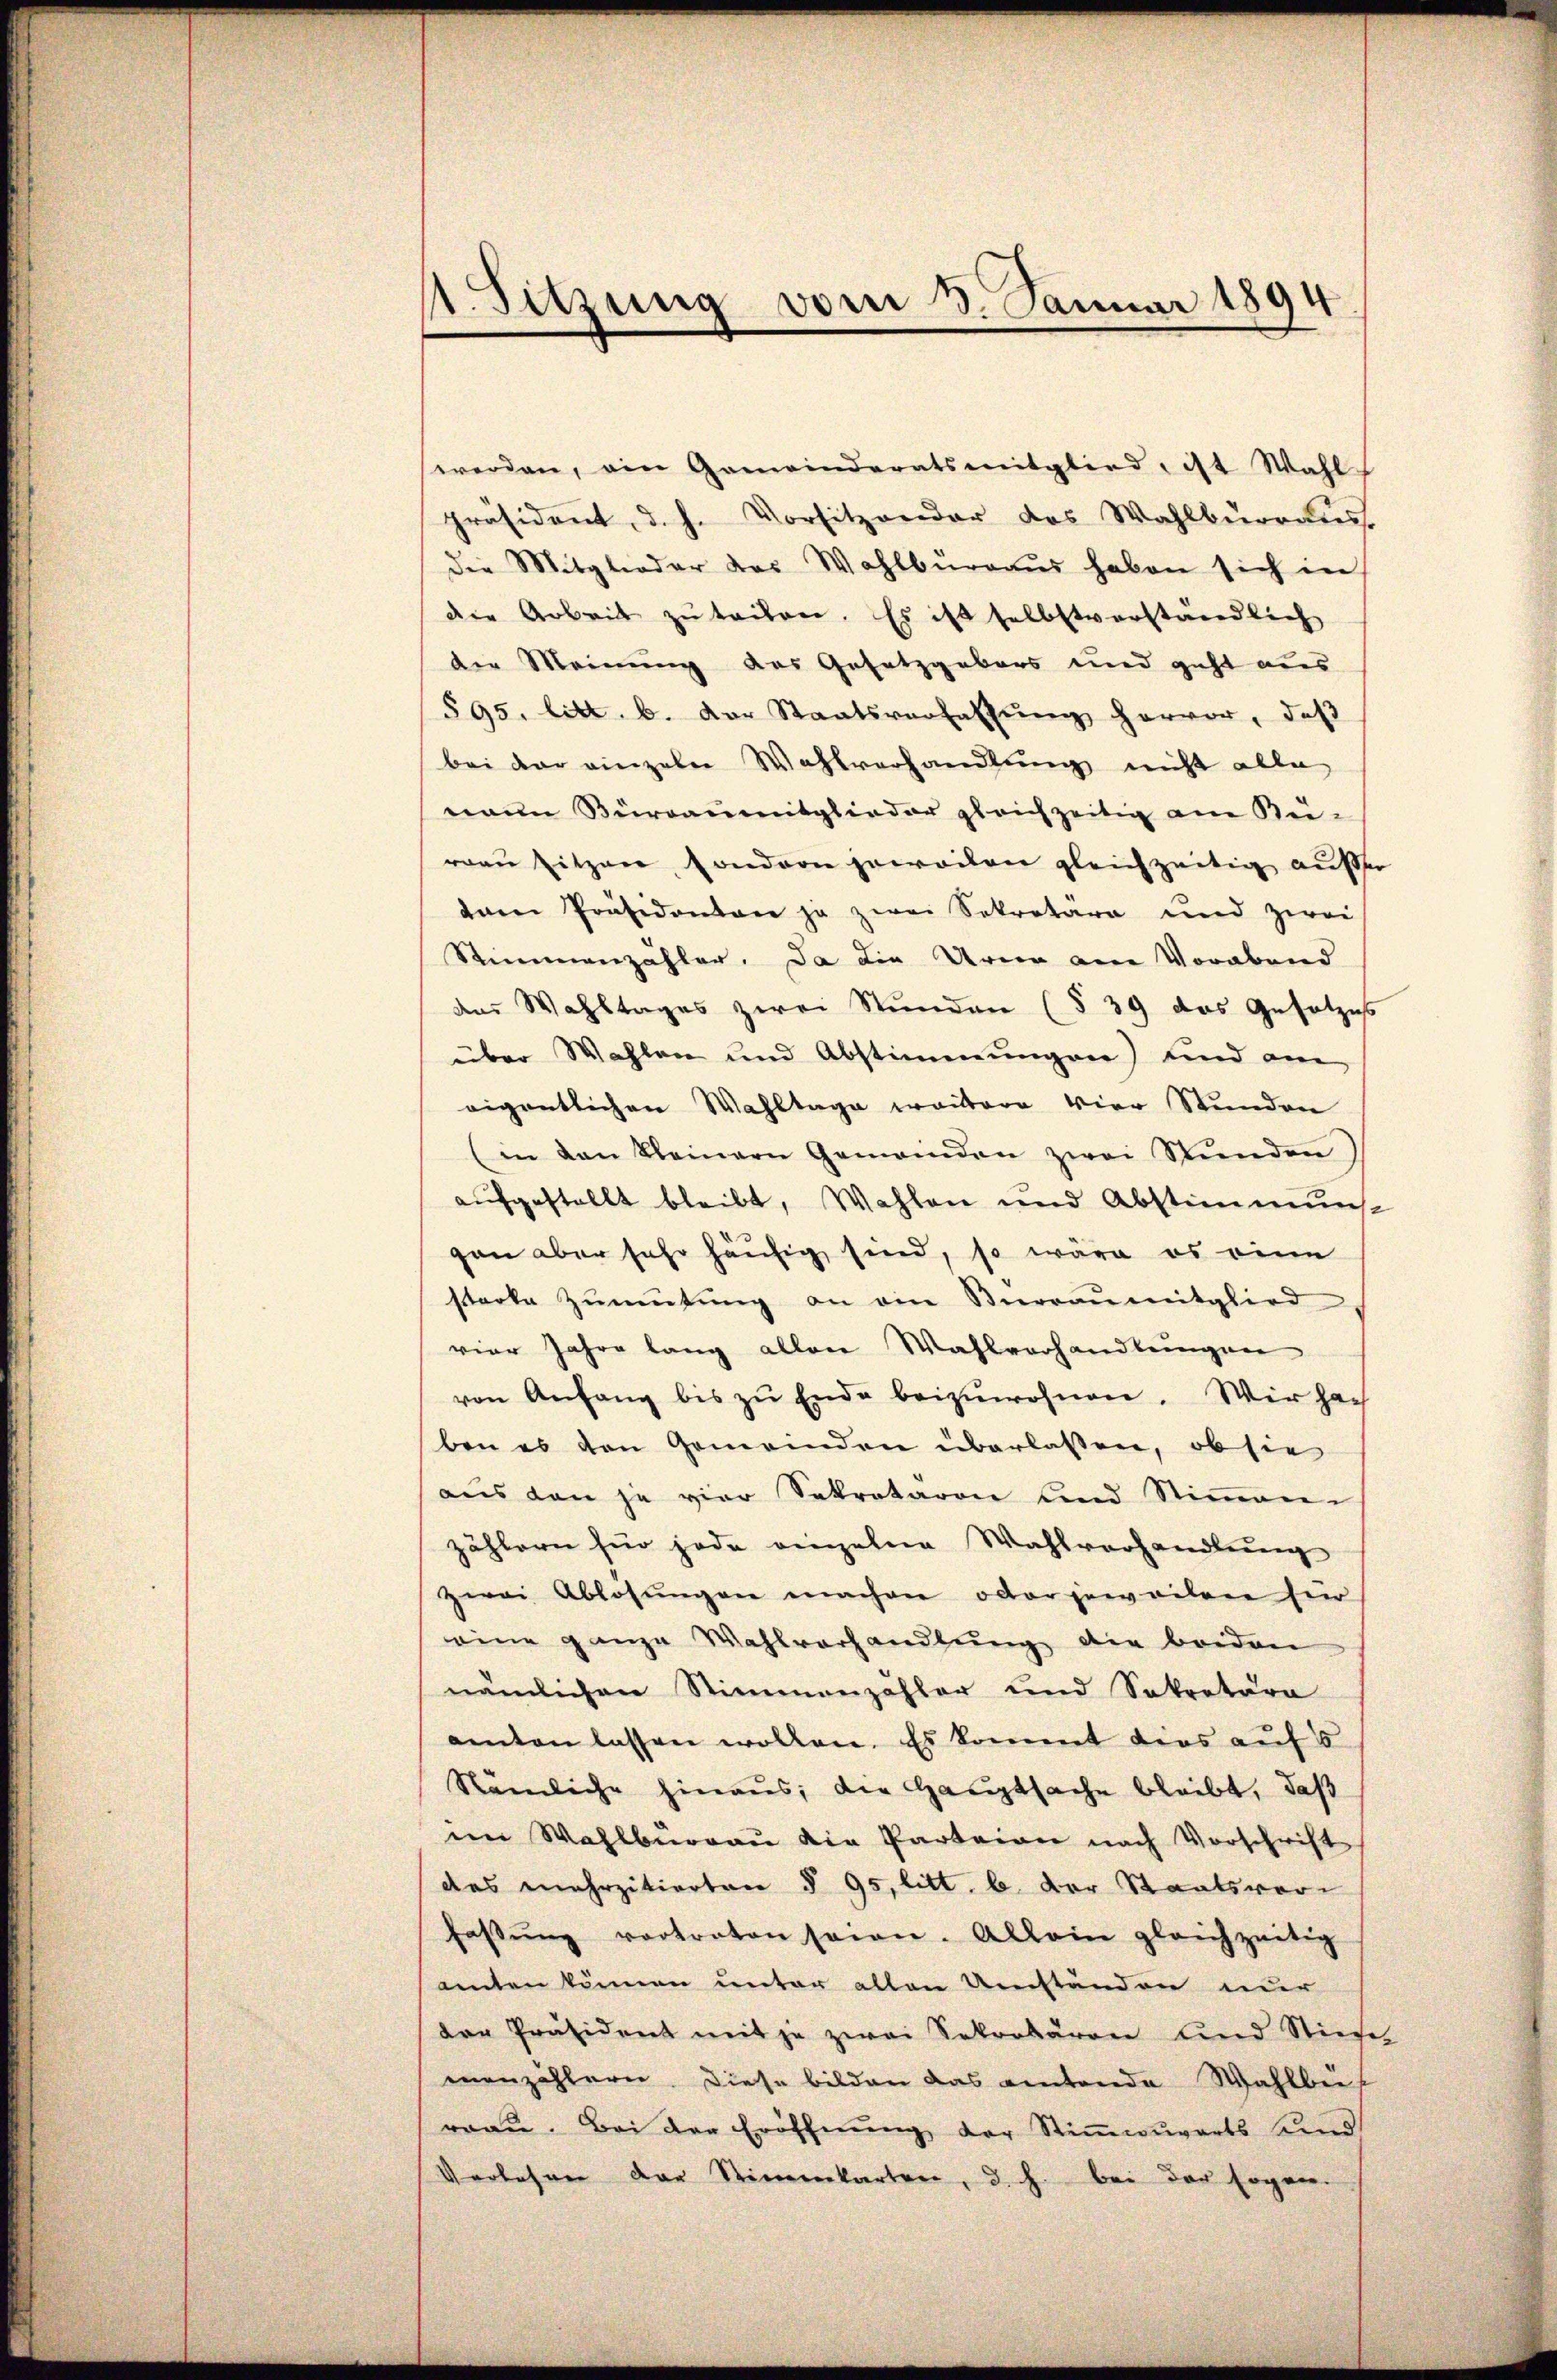
1. Sitzung vom 3. Januar 1894
e

werden, ein Gemeinderatsmitglied, ist Wahl
präsident, d. h. Vorsitzender das Wahlbürgs
die Mitglieder das Wahlbüraŭs haben sich in
die Arbeit zŭ triben. Es ist selbstverständlich
der Meinung des Gesetzgebers und geht aus
595. litt. b. der Staatsverfassung hervor, daß
bei der einzelne Wahlverhandlung nicht alle
maun Bürganmitglieder gleichzeitig am Bü-
rau sitzen, sondern jeweilen gleichzeitig außer
dam Präsidenten ja zwei Sekretara und zwei
Stimmenzähler. Da die Urner am Vorabend
des Wahltages zwei Stunden (§ 39 das Gesetzes
über Wahlen und Abstimmungen) und am
eigentlichen Wahltage weitere vier Stunden
(in den kleinern Gemeinden zwei Stŭnden)
aŭfgestellt bleibt, Wahlen und Abstimmung
gan aber sehr häufig sind, so wäre es eine
starke Zŭmütŭng an ein Büreaŭmitglied
vier Jahre lang allen Wahlverhandlungen
von Anfang bis zŭ Ende beizuwohnen. Wir hach
ben es den Gemeinden überlassen, ob sie
aus den je vier Sekretären und Stimmen-
zählern für jede einzelne Wahlvorhandlung
zwei Ablösungen machen oder jeweilen für
eine ganze Wahlverhandlŭng die beiden
nämlichen Stimmenzähler und Sekretära
amten lassen wollen. Es kommt dies aufs
Nämliche hinaus, die Hauptsache bleibt, daß
im Wahlbŭrgaŭ die Parteien nach Vorschrift
des mehrzitierten § 95, litt. b. der Staatsvor-
fassŭng vortreten seien. Allein gleichzeitig
amten können unter allen Umständen nur
der Präsident mit je zwei Sakrobären und Stiefer
menzählern. Diese bilden das eitende Wahlbet
rau. Bei der Eröffnŭng der Stiṁwuvarts und
Verlesen der Stimmkarten, d. h. bei der Ergen.